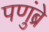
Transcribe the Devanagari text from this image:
पणुंब्रे